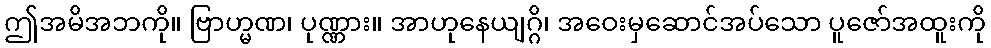
ဤအမိအဘကို။ ဗြာဟ္မဏ၊ ပုဏ္ဏား။ အာဟုနေယျဂ္ဂိ၊ အဝေးမှဆောင်အပ်သော ပူဇော်အထူးကို